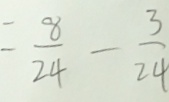
= \frac { 8 } { 2 4 } - \frac { 3 } { 2 4 }